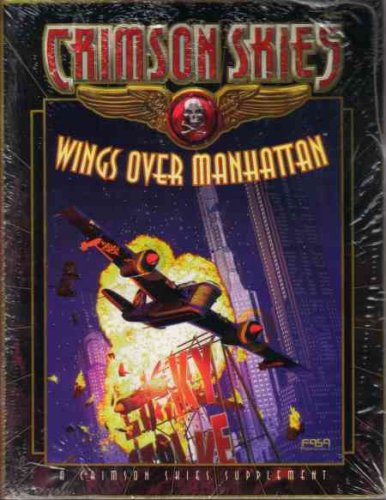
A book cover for Crimson Skies: Wings Over Manhattan (FAS8002); FASA Corp.; Sports & Outdoors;